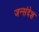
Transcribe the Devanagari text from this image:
जन्संदेश